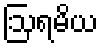
ဩရမိယ